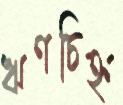
ঋণচিহ্ন